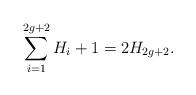
LaTeX: \begin{align*} \sum^{2g+2}_{i=1}H_i+1=2H_{2g+2}.\end{align*}